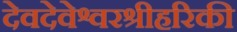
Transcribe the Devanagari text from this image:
देवदेवेश्वरश्रीहरिकी